NAE_ERA_R-1950_Eesti_Ajakirjanike_Liit, lk 89
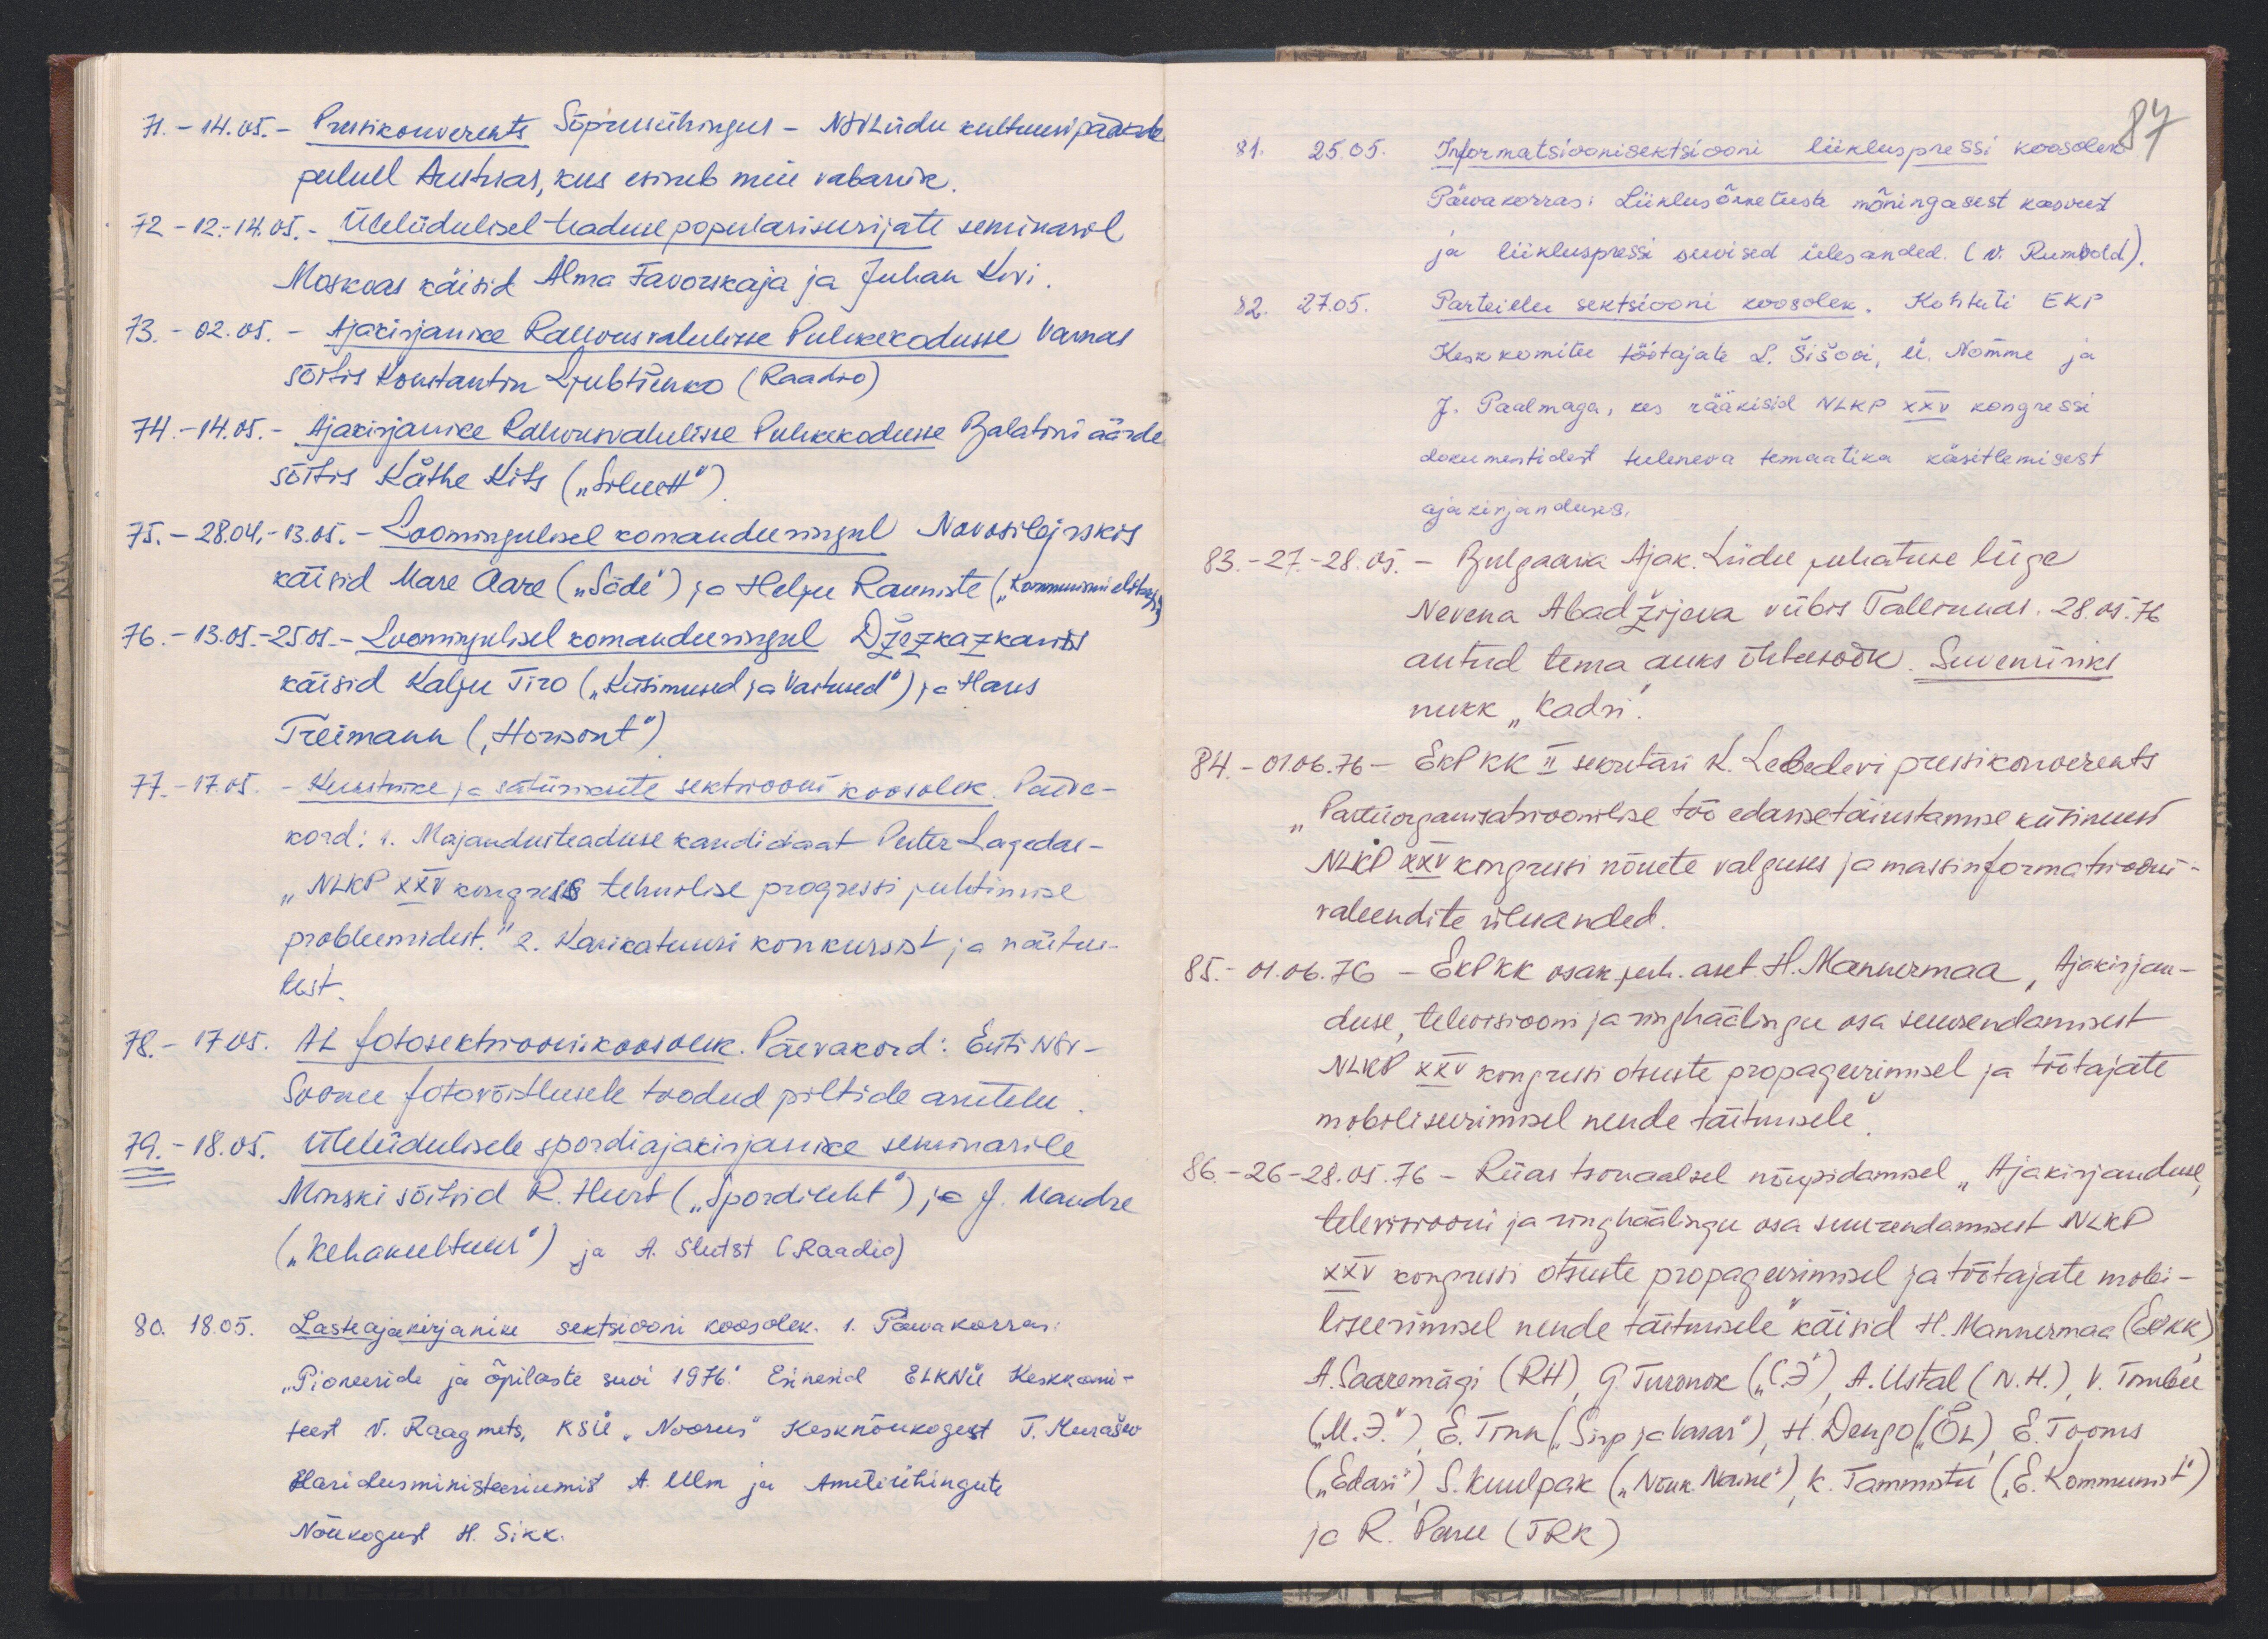
71. - 14.05. - Pressikonverents Sõprusühingus - NSV Liidu kultuuripäevade
puhul Austrias, kus esineb meie vabariik.
72 - 12-14.05. Üleliidulisel teaduse populariseerimise seminaril
Moskvas käisid Alma Favorskaja ja Juhan Kivi.
73. - 02.05. - Ajakirjanike Rahvusvahelisse Puhkekodusse Varnas
sõitis Konstantin Ljubtšenko (Raadio)
74. - 14.05. - Ajakirjanike Rahvusvahelisse Puhkekodusse Balatoni äärde
sõitis Käthe Kits ("Siluett")
75. - 28.04.-13.05. - Loomingulisel komandeeringul Novosibirskis
käisid Mare Aare ("Säde") ja Helju Rauniste ("Kommunismiehitaja").
76. - 13.05-25.05. - Loomingulisel komandeeringul Džezkazkanis
käisid Kalju Tiro ("Küsimused ja Vastused") ja Hans
Treimann ("Horisont")
77. - 17.05. - Kunstnike ja satiirikute sektsiooni koosolek. Päeva-
kord: 1. Majandusteaduse kandidaat Peeter Lagedas -
"NLKP XXV kongress tehnilise progressi juhtimise
probleemidest." 2. Karikatuuri konkursist ja näitus-
test.
78. - 17.05. AL fotosektsioonikoosolek. Päevakord: Eesti NSV-
Soome fotovõistlusele toodud piltide arutelu
79. - 18.05. Üleliidulisele spordiajakirjanike seminarile
Minski sõitsid R. Hurt ("Spordileht") ja J. Mandre
("Kehakultuur") ja A. Slutst (Raadio)
80. 18.05. Laskeajakirjanike sektsiooni koosolek. 1. Päevakorras:
"Pioneeride ja õpilaste suvi 1976." Esinesid ELKNÜ Keskkomi-
teest V. Raagmets, KSÜ "Noorus" Kesknõukogust T. Murašev
Haridusministeeriumid A. Ulm ja Ametiühingute
Nõukogust H. Sikk.

81. 25.05. Informatsioonisektsiooni liikluspressi koosolek
87
Päevakorras: Liiklusõnnetuste mõningasest kasvust
ja liikluspressi suvised ülesanded. (V. Rumvold).
82. 27.05. Parteielu sektsiooni koosolek. Kohtuti EKP
Keskomitee töötajate L. Šišovi, Ü. Nõmme ja
J. Paalmaga, kes rääkisid NLKP XXV kongressi
dokumentidest tuleneva temaatika käsitlemisest
ajakirjanduses.
83. - 27.-28.05. - Bulgaaria Ajak. Liidu juhatuse liige
Nevena Abadžijeva viibis Tallinnas. 28.05.76.
antud tema auks õhtusöök. Suveniiriks
nukk "Kadri".
84. - 01.06.76 - EKP KK II sekretäri K. Lebedevi pressikonverents
Parteiorganisatsioonilise töö edasitäiustamise küsimusi
NLKP XXV kongressi nõuete valguses ja massinformatsiooni
vahendite ülesanded.
85. 01.06.76 - EKP KK osak juh. aset H. Mannermaa "Ajakirjan-
duse, televisiooni ja ringhäälingu osa suurendamisest
NLKP XXV kongressi otsuste propageerimisel ja töötajate
mobiliseerimisel nende täitmisele".
86. - 26-28.05.76 - Riias tsonaalsel nõupidamisel "Ajakirjanduse
televisiooni ja ringhäälingu osa suurendamisest NLKP
XXV kongressi otsuste propageerimisel ja töötajate mobili-
liseerimisel nende täitmisele" käisid H. Mannermaa (EKP KK)
A. Saaremägi (RH), G. Turonok (C3), A. Ustal (N. H.) V. Tombee
("M. 7.) E. Tinn ("Sirp ja Vasar"), H. Dengo ("ÕL), E. Tooms
("Edasi"), S. Kuulpak ("Nõuk. Naine"), K. Tammistu ("E. Kommunist")
ja R. Penu (TRK)